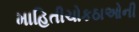
માહિતીચોકઠાઓની